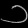
Digit: ၁